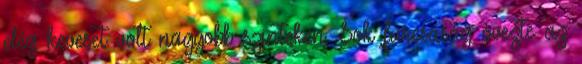
elég keveset volt nagyobb szinteken. Sok furcsaság övezte az